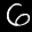
Label: 6